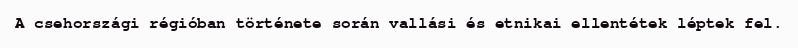
A csehországi régióban története során vallási és etnikai ellentétek léptek fel.